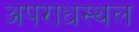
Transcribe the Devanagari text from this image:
अपराधस्थल